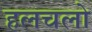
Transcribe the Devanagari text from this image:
हलचलो